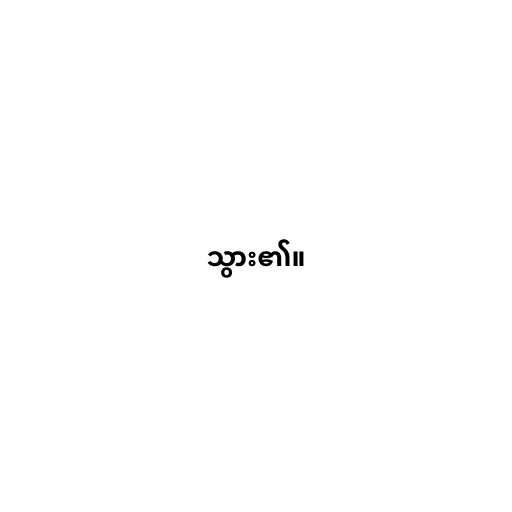
သွား၏။